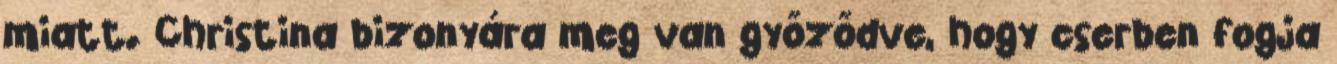
miatt. Christina bizonyára meg van győződve, hogy cserben fogja